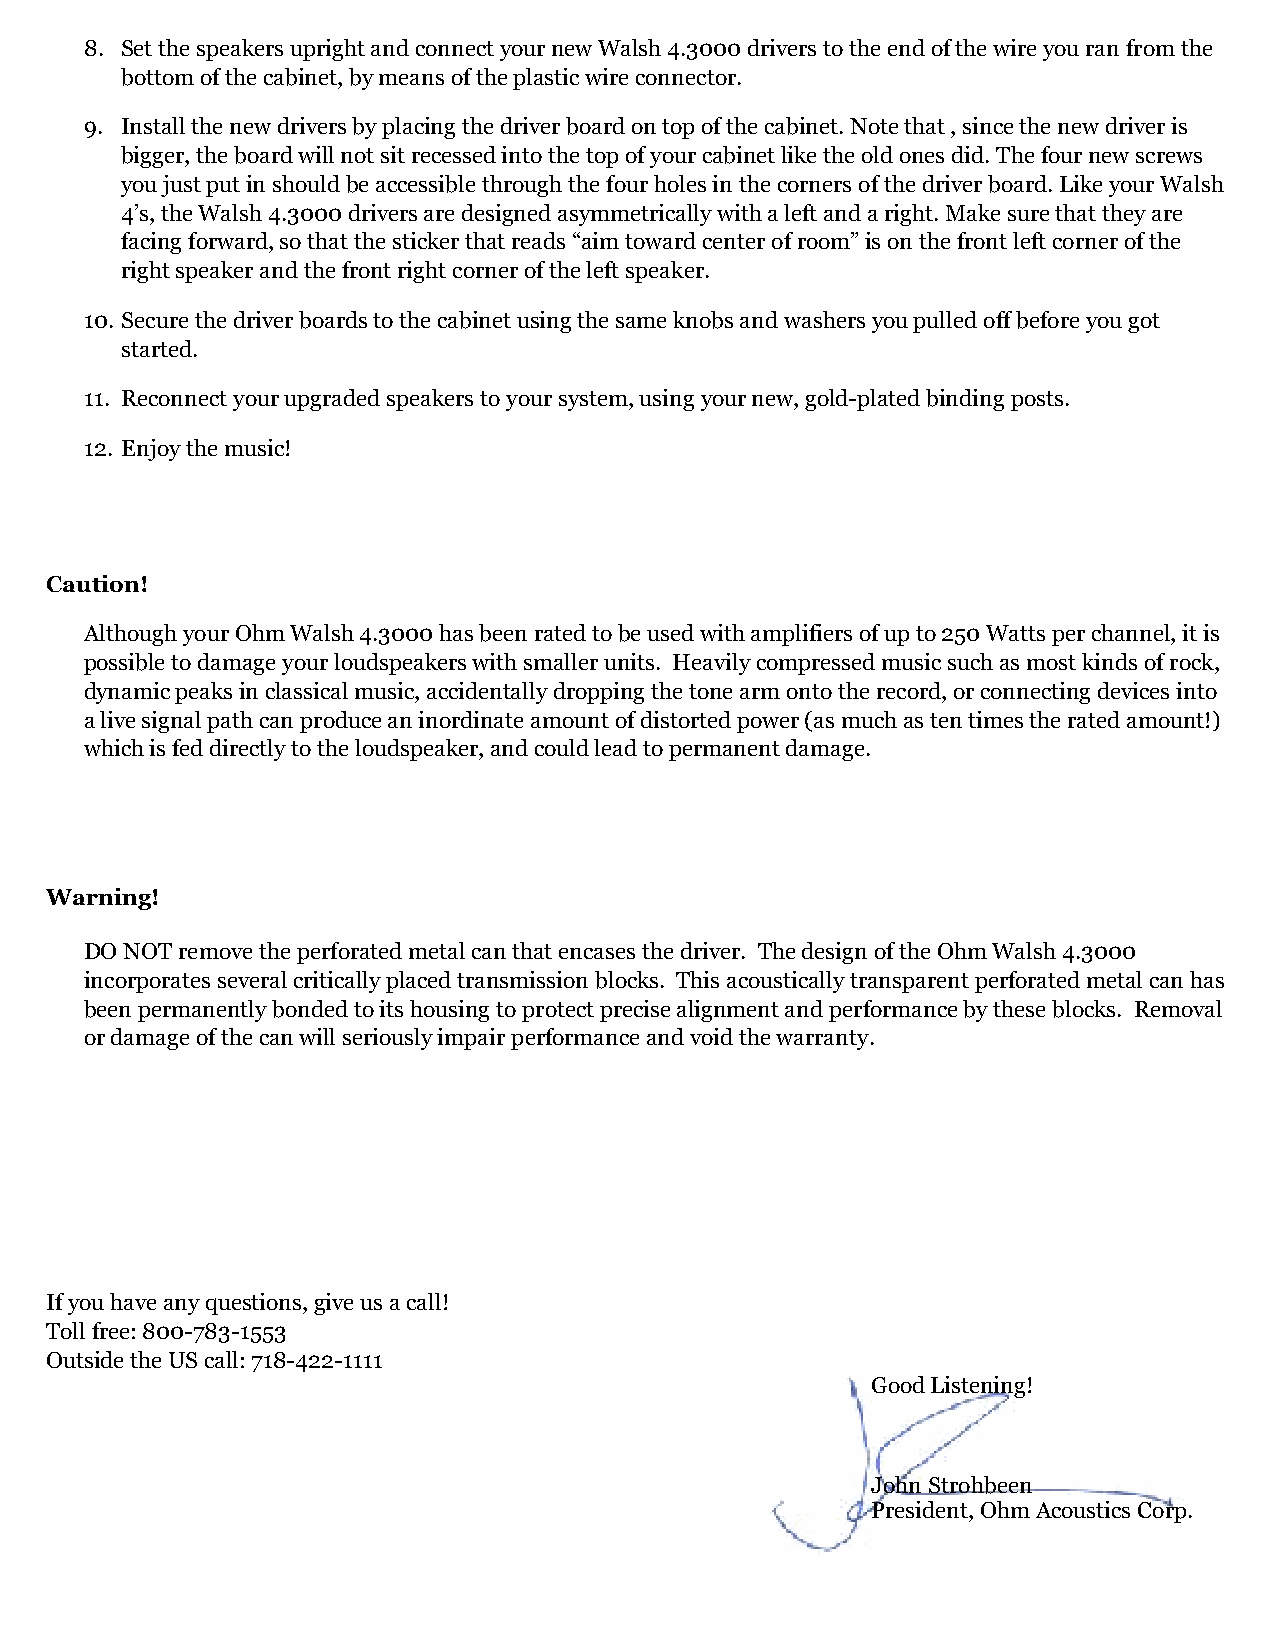
8. Set the speakers upright and connect your new Walsh 4.3000 drivers to the end of the wire you ran from the
 bottom of the cabinet, by means of the plastic wire connector.
 9. Install the new drivers by placing the driver board on top of the cabinet. Note that , since the new driver is
 bigger, the board will not sit recessed into the top of your cabinet like the old ones did. The four new screws
 you just put in should be accessible through the four holes in the corners of the driver board. Like your Walsh
 4’s, the Walsh 4.3000 drivers are designed asymmetrically with a left and a right. Make sure that they are
 facing forward, so that the sticker that reads “aim toward center of room” is on the front left corner of the
 right speaker and the front right corner of the left speaker.
 10. Secure the driver boards to the cabinet using the same knobs and washers you pulled off before you got
 started.
 11. Reconnect your upgraded speakers to your system, using your new, gold-plated binding posts.
 12. Enjoy the music!
 Caution!
 Although your Ohm Walsh 4.3000 has been rated to be used with amplifiers of up to 250 Watts per channel, it is
 possible to damage your loudspeakers with smaller units. Heavily compressed music such as most kinds of rock,
 dynamic peaks in classical music, accidentally dropping the tone arm onto the record, or connecting devices into
 a live signal path can produce an inordinate amount of distorted power (as much as ten times the rated amount!)
 which is fed directly to the loudspeaker, and could lead to permanent damage.
 Warning!
 DO NOT remove the perforated metal can that encases the driver. The design of the Ohm Walsh 4.3000
 incorporates several critically placed transmission blocks. This acoustically transparent perforated metal can has
 been permanently bonded to its housing to protect precise alignment and performance by these blocks. Removal
 or damage of the can will seriously impair performance and void the warranty.
 If you have any questions, give us a call!
 Toll free: 800-783-1553
 Outside the US call: 718-422-1111
 Good Listening!
 John Strohbeen
 President, Ohm Acoustics Corp.